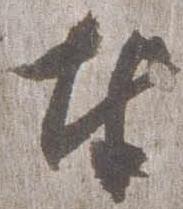
奉